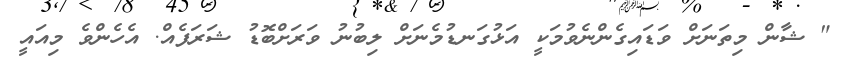
" ޝާން މިތަނަށް ވަޑައިގެންނެވުމަކީ އަޅުގަނޑުމެނަށް ލިބުނު ވަރަށްބޮޑު ޝަރަފެއް. އެހެންވެ މިއައީ